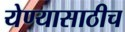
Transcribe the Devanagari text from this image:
येण्यासाठीच